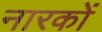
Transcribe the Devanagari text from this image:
नारकों